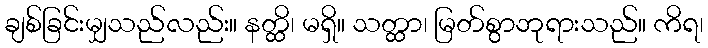
ချစ်ခြင်းမျှသည်လည်း။ နတ္ထိ၊ မရှိ။ သတ္ထာ၊ မြတ်စွာဘုရားသည်။ ကိရ၊